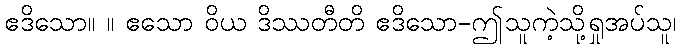
ဧဒိသော။ ။ ဧသော ဝိယ ဒိဿတီတိ ဧဒိသော-ဤသူကဲ့သို့ရှုအပ်သူ၊